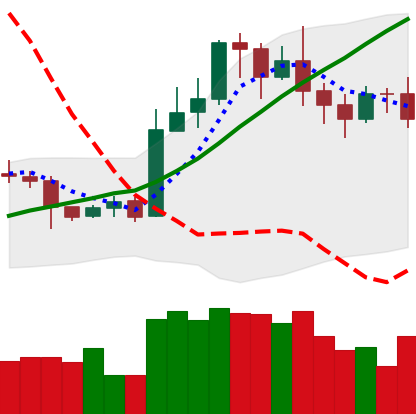
Ticker: LTC-USD
Chart end date: 2020-11-02
Forward return: 9.897%
Label: up_7plus